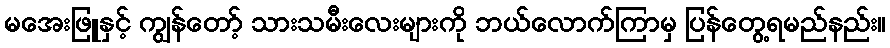
မအေးဖြူနှင့် ကျွန်တော့် သားသမီးလေးများကို ဘယ်လောက်ကြာမှ ပြန်တွေ့ရမည်နည်း။